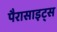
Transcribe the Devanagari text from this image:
पैरासाइट्स